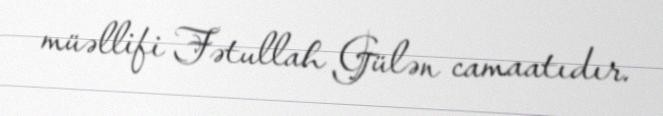
müəllifi Fətullah Gülən camaatıdır.